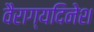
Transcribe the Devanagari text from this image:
वैराग्यदिनेश